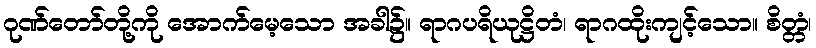
ဂုဏ်တော်တို့ကို အောက်မေ့သော အခါ၌။ ရာဂပရိယုဋ္ဌိတံ၊ ရာဂထိုးကျင့်သော။ စိတ္တံ၊